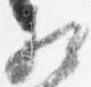
相